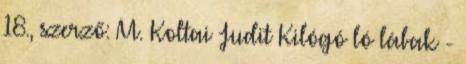
18., szerző: M. Koltai Judit Kilógó ló lábak -